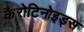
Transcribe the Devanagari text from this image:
कैरोटिनोइड्स